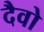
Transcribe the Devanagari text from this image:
दैवो